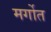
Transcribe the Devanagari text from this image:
मर्गोत